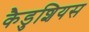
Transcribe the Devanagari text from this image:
कैडुशियस